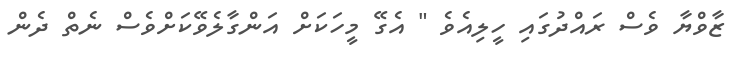
ޒާވްޔާ ވެސް ރައްދުގައި ހީލިއެވެ " އެގޭ މީހަކަށް އަންގާލެވޭކަށްވެސް ނެތް ދެން